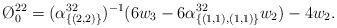
LaTeX: \begin{align*}\O ^{22}_{0}=(\alpha _{\{(2,2)\}}^{32})^{-1}(6w_{3}-6\alpha ^{32}_{\{(1,1),(1,1)\}}w_{2})-4w_{2}.\end{align*}